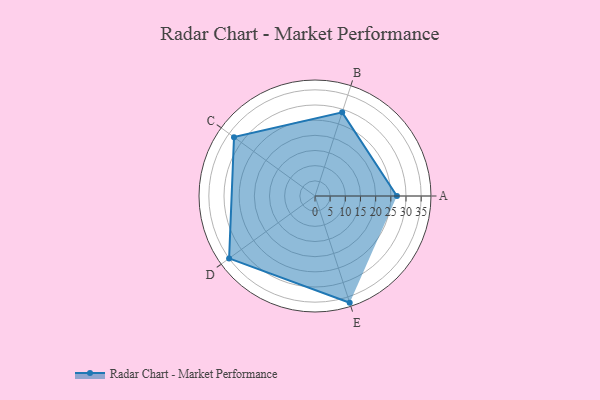
{"axis": {"x": "Skill", "y": "Score"}, "legend": ["Profile"], "data": [{"x": "A", "y": 27.0, "type": "Profile"}, {"x": "B", "y": 29.0, "type": "Profile"}, {"x": "C", "y": 33.0, "type": "Profile"}, {"x": "D", "y": 35.0, "type": "Profile"}, {"x": "E", "y": 37.0, "type": "Profile"}]}